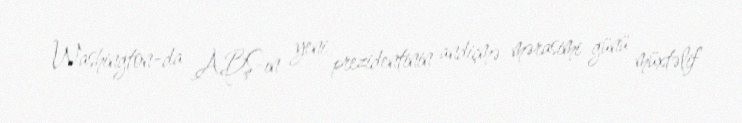
Washington-da ABŞ-ın yeni prezidentinin andiçmə mərasimi günü müxtəlif